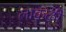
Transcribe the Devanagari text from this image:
लाकळी